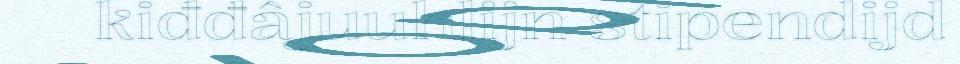
kiđđâjuuhlijn stipendijd